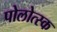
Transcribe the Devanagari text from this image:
पोलोत्स्क